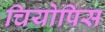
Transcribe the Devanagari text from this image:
चियोपिस